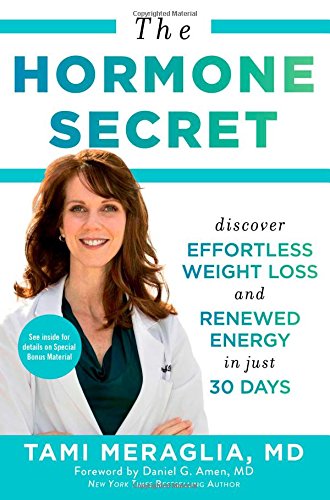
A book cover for The Hormone Secret: Discover Effortless Weight Loss and Renewed Energy in Just 30 Days; Dr. Tami Meraglia; Health, Fitness & Dieting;